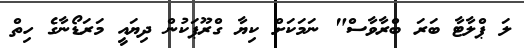
ލަ ޕްލާޓާ ބަރަ ބްރާވާސް" ނަމަކަށް ކިޔާ ގްރޫޕަކުން ދިޔައީ މަރަޑޯނާގެ ހިތް